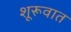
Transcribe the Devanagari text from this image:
शूरूवात